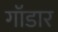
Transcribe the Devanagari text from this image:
गॉडार